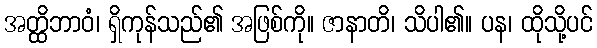
အတ္ထိဘာဝံ၊ ရှိကုန်သည်၏ အဖြစ်ကို။ ဇာနာတိ၊ သိပါ၏။ ပန၊ ထိုသို့ပင်